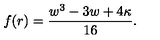
f ( r ) = \frac { w ^ { 3 } - 3 w + 4 \kappa } { 1 6 } .